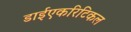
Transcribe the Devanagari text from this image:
डाईएकरिटिकल